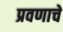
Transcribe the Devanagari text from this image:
प्रवणाचे